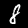
Label: 8